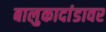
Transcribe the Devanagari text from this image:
बालुकादांडावर